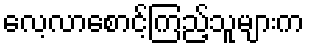
လေ့လာစောင့်ကြည့်သူများက